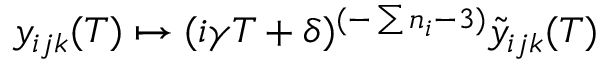
y _ { i j k } ( T ) \mapsto ( i \gamma T + \delta ) ^ { ( - \sum n _ { i } - 3 ) } \tilde { y } _ { i j k } ( T )